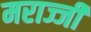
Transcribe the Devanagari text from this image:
मराज्जी